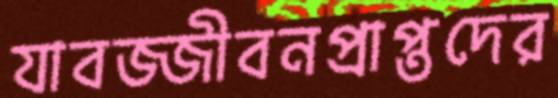
যাবজ্জীবনপ্রাপ্তদের